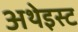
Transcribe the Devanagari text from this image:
अथेइस्ट